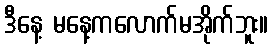
ဒီနေ့ မနေ့ကလောက်မအိုက်ဘူး။